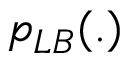
p _ { L B } ( . )